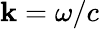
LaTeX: \mathbf{k}=\omega/c